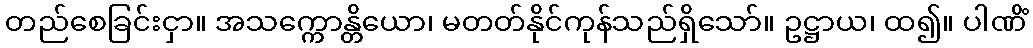
တည်စေခြင်းငှာ။ အသက္ကောန္တိယော၊ မတတ်နိုင်ကုန်သည်ရှိသော်။ ဥဋ္ဌာယ၊ ထ၍။ ပါဏိံ